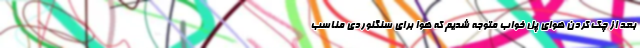
بعد از چک کردن هوای پل خواب متوجه شدیم که هوا برای سنگنوردی مناسب